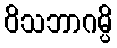
ဝိသဘာဂမ္ပိ